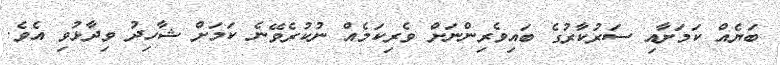
ބަޔެއް ކަމަށާއި ސަރުކާރުގެ ބައިވެރިންނަށް ވެރިކަމެއް ނުކުރެވޭނެ ކަމަށް ޝާހިދު ވިދާޅުވި އެވެ.